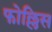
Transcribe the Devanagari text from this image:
फोल्लिस